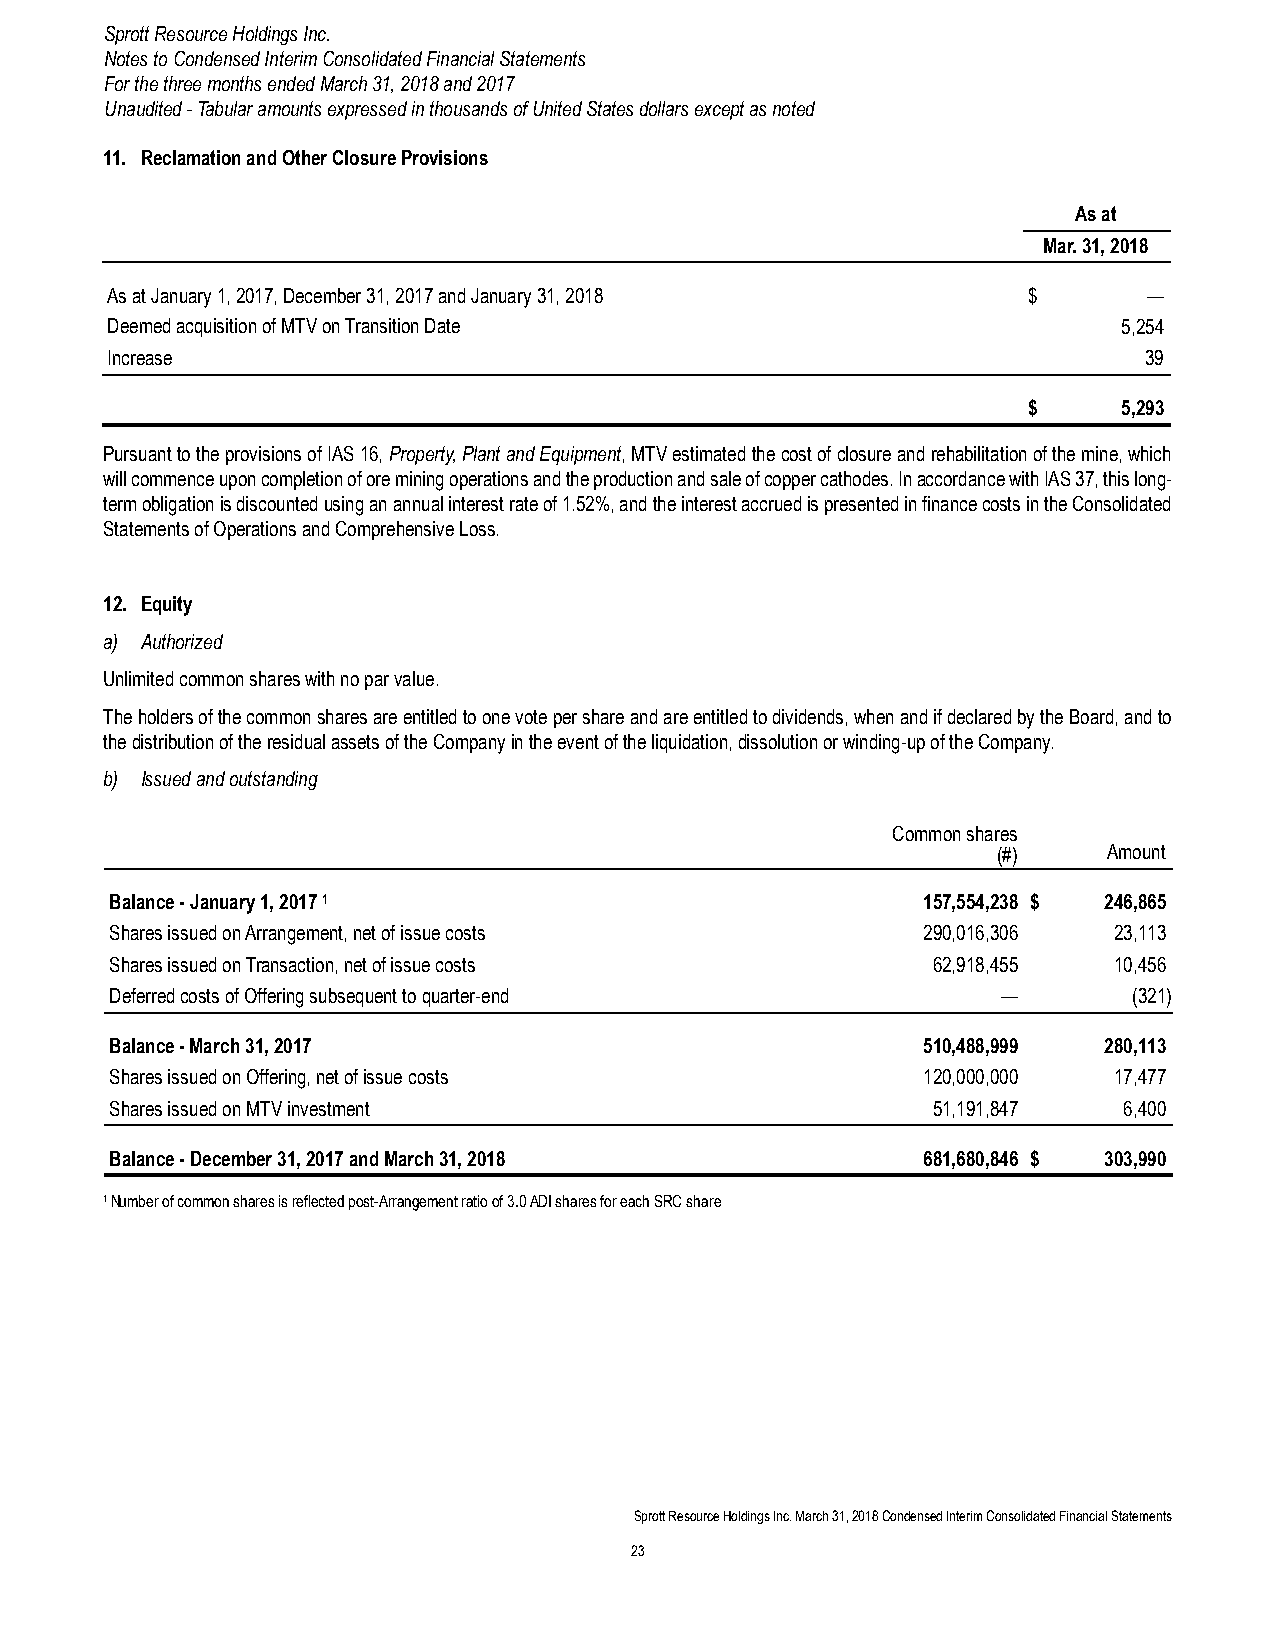
Sprott Resource Holdings Inc.
 Notes to Condensed Interim Consolidated Financial Statements
 For the three months ended March 31, 2018 and 2017
 Unaudited - Tabular amounts expressed in thousands of United States dollars except as noted
 11. Reclamation and Other Closure Provisions
 As at
 Mar. 31, 2018
 As at January 1, 2017, December 31, 2017 and January 31, 2018 $      —
 Deemed acquisition of MTV on Transition Date                       5,254
 Increase                                                             39
 $     5,293
 Pursuant to the provisions of IAS 16, Property, Plant and Equipment, MTV estimated the cost of closure and rehabilitation of the mine, which
 will commence upon completion of ore mining operations and the production and sale of copper cathodes. In accordance with IAS 37, this long-
 term obligation is discounted using an annual interest rate of 1.52%, and the interest accrued is presented in finance costs in the Consolidated
 Statements of Operations and Comprehensive Loss.
 12. Equity
 a) Authorized
 Unlimited common shares with no par value.
 The holders of the common shares are entitled to one vote per share and are entitled to dividends, when and if declared by the Board, and to
 the distribution of the residual assets of the Company in the event of the liquidation, dissolution or winding-up of the Company.
 b) Issued and outstanding
 Common shares
 (#)    Amount
 Balance - January 1, 2017 1                           157,554,238 $ 246,865
 Shares issued on Arrangement, net of issue costs      290,016,306  23,113
 Shares issued on Transaction, net of issue costs       62,918,455  10,456
 Deferred costs of Offering subsequent to quarter-end       —        (321)
 Balance - March 31, 2017                              510,488,999 280,113
 Shares issued on Offering, net of issue costs         120,000,000  17,477
 Shares issued on MTV investment                        51,191,847  6,400
 Balance - December 31, 2017 and March 31, 2018        681,680,846 $ 303,990
 1 Number of common shares is reflected post-Arrangement ratio of 3.0 ADI shares for each SRC share
 Sprott Resource Holdings Inc. March 31, 2018 Condensed Interim Consolidated Financial Statements
 23